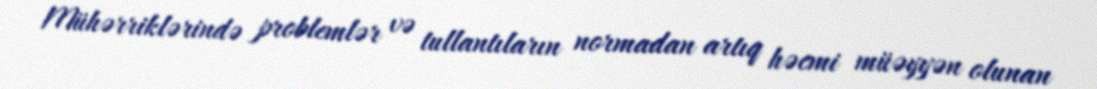
Mühərriklərində problemlər və tullantıların normadan artıq həcmi müəyyən olunan